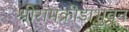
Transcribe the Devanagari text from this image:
श्रीरामक्रीडाभुवन